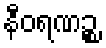
နီဝရဏဉ္စ